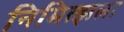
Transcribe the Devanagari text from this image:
निमित्झला